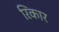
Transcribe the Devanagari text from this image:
ऱिकार